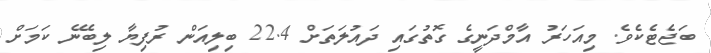
ބަޖެޓެކެވެ. މިއަހަރު އާމްދަނީގެ ގޮތުގައި ދައުލަތަށް 22.4 ބިލިއަން ރުފިޔާ ލިބޭނެ ކަމަށް